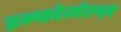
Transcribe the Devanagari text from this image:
इन्फोर्मल्ज़